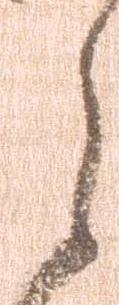
之